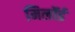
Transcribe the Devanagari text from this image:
मिलॉर्ड